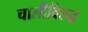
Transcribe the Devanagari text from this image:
चालीविरुद्ध